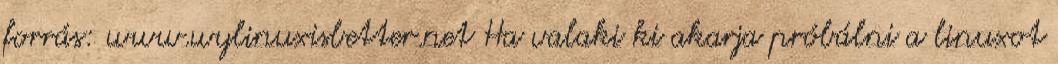
forrás: www.wylinuxisbetter.net Ha valaki ki akarja próbálni a linuxot